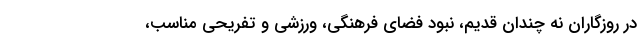
در روزگاران نه چندان قدیم، نبود فضای فرهنگی، ورزشی و تفریحی مناسب،